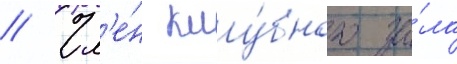
// Чл'е́н клу́бного за́ла